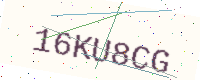
Text: 16KU8CG